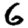
Digit: 6